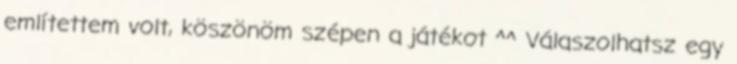
említettem volt, köszönöm szépen a játékot ^^ Válaszolhatsz egy